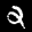
Label: 2